Lunatic asylums Punjab 1895-1910 - 1895-1910
Year: 1895
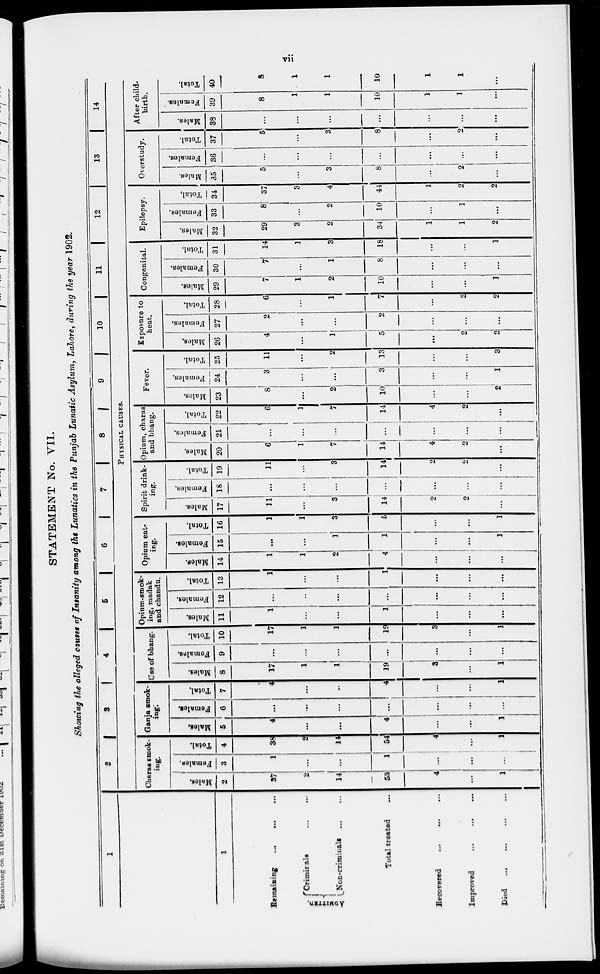
vii
STATEMENT No. VII.
Showing the alleged causes of Insanity among the Lunatics in the Punjab Lunatic Asylum, Lahore, during the year 1902.
1
1
Remaining
...
... ...
ADMITTED.
Crimirals ... ...
Non-criminals ... ...
Total treated ...
Recovered
...
...
...
Improved ... ... ...
Died
...
...
...
...
2
3
4
5
6
7
8
9
10
11
12
13
14
PHYSICAL CAUSES.
Charas smok-
ing.
Males.
2
37
2
14
53
4
...
1
Female.
3
1
...
...
1
...
...
...
Total.
4
38
2
14
54
4
....
1
Ganja smok-
ing.
Males.
5
4
...
...
4
...
...
1
Females.
6
...
...
...
...
...
...
...
Total.
7
4
...
...
4
...
...
1
Use of bhang.
Males.
8
17
1
1
19
3
...
1
Females.
9
...
...
...
...
...
...
...
Total.
10
17
1
1
19
3
...
1
Opium-smok-
ing, madak
and chandu.
Males.
11
1
...
...
1
...
...
...
Females.
12
...
...
...
...
...
...
...
Total.
13
1
...
...
1
...
...
...
Opium eat-
ing.
Males.
14
1
1
2
4
...
...
...
Females.
15
...
...
1
1
...
...
1
Total.
16
1
1
3
5
...
...
1
Spirit drink-
ing.
Males.
17
11
...
3
14
2
2
...
Females.
18
...
...
...
...
...
...
...
Total.
19
11
...
3
14
2
2
...
Opium, charas
and bhang.
Males.
20
6
1
7
14
4
2
...
Females.
21
...
...
...
...
...
...
...
Total.
22
6
1
7
14
4
2
...
Fever.
Males.
23
8
...
2
10
...
...
2
Females.
24
3
...
...
3
...
...
1
Total.
25
11
...
2
13
...
...
3
Exposure to
heat.
Males.
26
4
...
1
5
...
2
2
Females.
27
2
...
...
2
...
...
...
Total.
28
6
...
1
7
...
2
2
Congenital.
Males.
29
7
1
2
10
...
...
1
Females.
30
7
...
1
8
...
...
...
Total.
31
14
1
3
18
...
...
1
Epilepsy.
Males.
32
29
3
2
34
1
1
2
Females.
33
8
...
2
10
...
1
...
Total.
34
37
3
4
44
1
2
2
Overstudy.
Males.
35
5
...
3
8
...
2
...
Females.
36
...
...
...
...
...
...
...
Total.
37
5
...
3
8
...
2
...
After child-
birth.
Males.
38
...
...
...
...
...
...
...
Females.
39
8
1
1
10
1
1
...
Total.
40
8
1
1
10
1
1
...